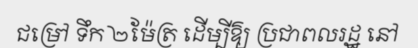
ជម្រៅ ទឹក ២ម៉ែត្រ ដើម្បីឱ្យ ប្រជាពលរដ្ឋ នៅ